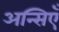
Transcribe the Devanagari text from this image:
अन्सिएँ